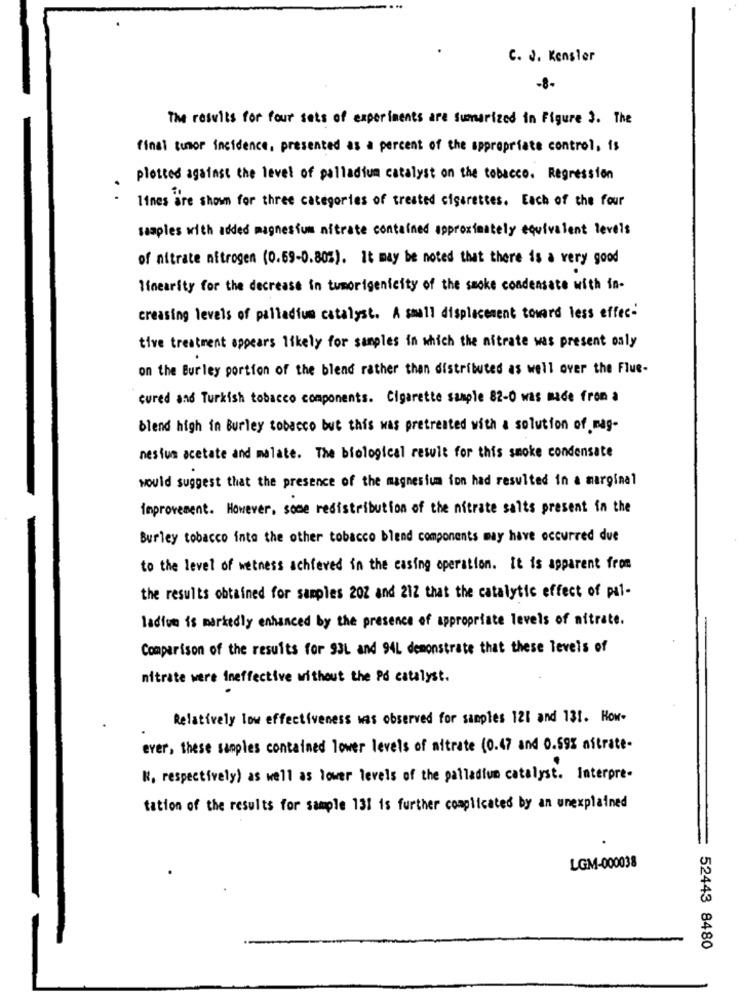
C. J. Kensler
-8-
The results for four sets of experiments are sumarized in Figure 3. The
final tumor incidence, presented as a percent of the appropriate control, is
plotted against the level of palladium catalyst on the tobacco. Regression
lines are shown for three categories of treated cigarettes. Each of the four
suaples with added magnesium nitrate contained approximately equivalent levels
of nitrate nitrogen (0.69-0.805). It may be noted that there is a very good
linearity for the decrease in tumorigenicity of the smoke condensate with in-
creasing levels of palladium catalyst. A small displacement toward less effec-
tive treatment appears likely for samples in which the nitrate was present oaly
on the Burley portion of the blend rather than distributed as well over the Flue-
cured and Turkish tobacco components. Cigarette sample 82-0 was made from a
blend high in Burley tobacco but this was pretreated with a solution of mag-
nesium acetate and malate. The biological result for this smoke condensate
would suggest that the presence of the magnesium ion had resulted in a marginal
improvement. However, some redistribution of the nitrate salts present in the
Burley tobacco into the other tobacco blend components may have occurred due
to the level of wetness achieved in the casing operation. It is apparent from
the results obtained for samples 202 and 212 that the catalytic effect of pal-
ladion is markedly enhanced by the presence of appropriate levels of mitrate.
Comparison of the results for 93L and 94L demonstrate that these levels of
nitrate were ineffective without the Pd catalyst.
Relatively low effectiveness was observed for samples 121 and 131. How-
ever, these samples contained lower levels of mitrate (0.47 and 0.59% nitrate-
W, respectively) as well as lower levels of the palladium catalyst. Interpre-
tation of the results for sample 131 is further complicated by an unexplained
LGM-000038
52443 8480